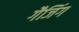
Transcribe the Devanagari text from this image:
गैजिंग